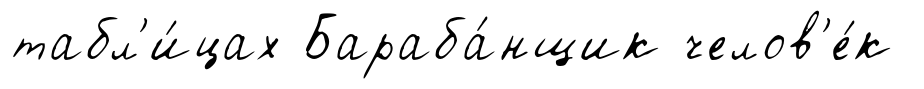
табл'и́цах Бараба́нщик челов'е́к